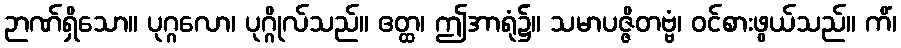
ဉာဏ်ရှိသော။ ပုဂ္ဂလော၊ ပုဂ္ဂိုလ်သည်။ ဧတ္ထ၊ ဤအာရုံ၌။ သမာပဇ္ဇိတဗ္ဗံ၊ ဝင်စားဖွယ်သည်။ ကိံ၊